Janeda_(Ambla)_vallavalitsus, lk 55
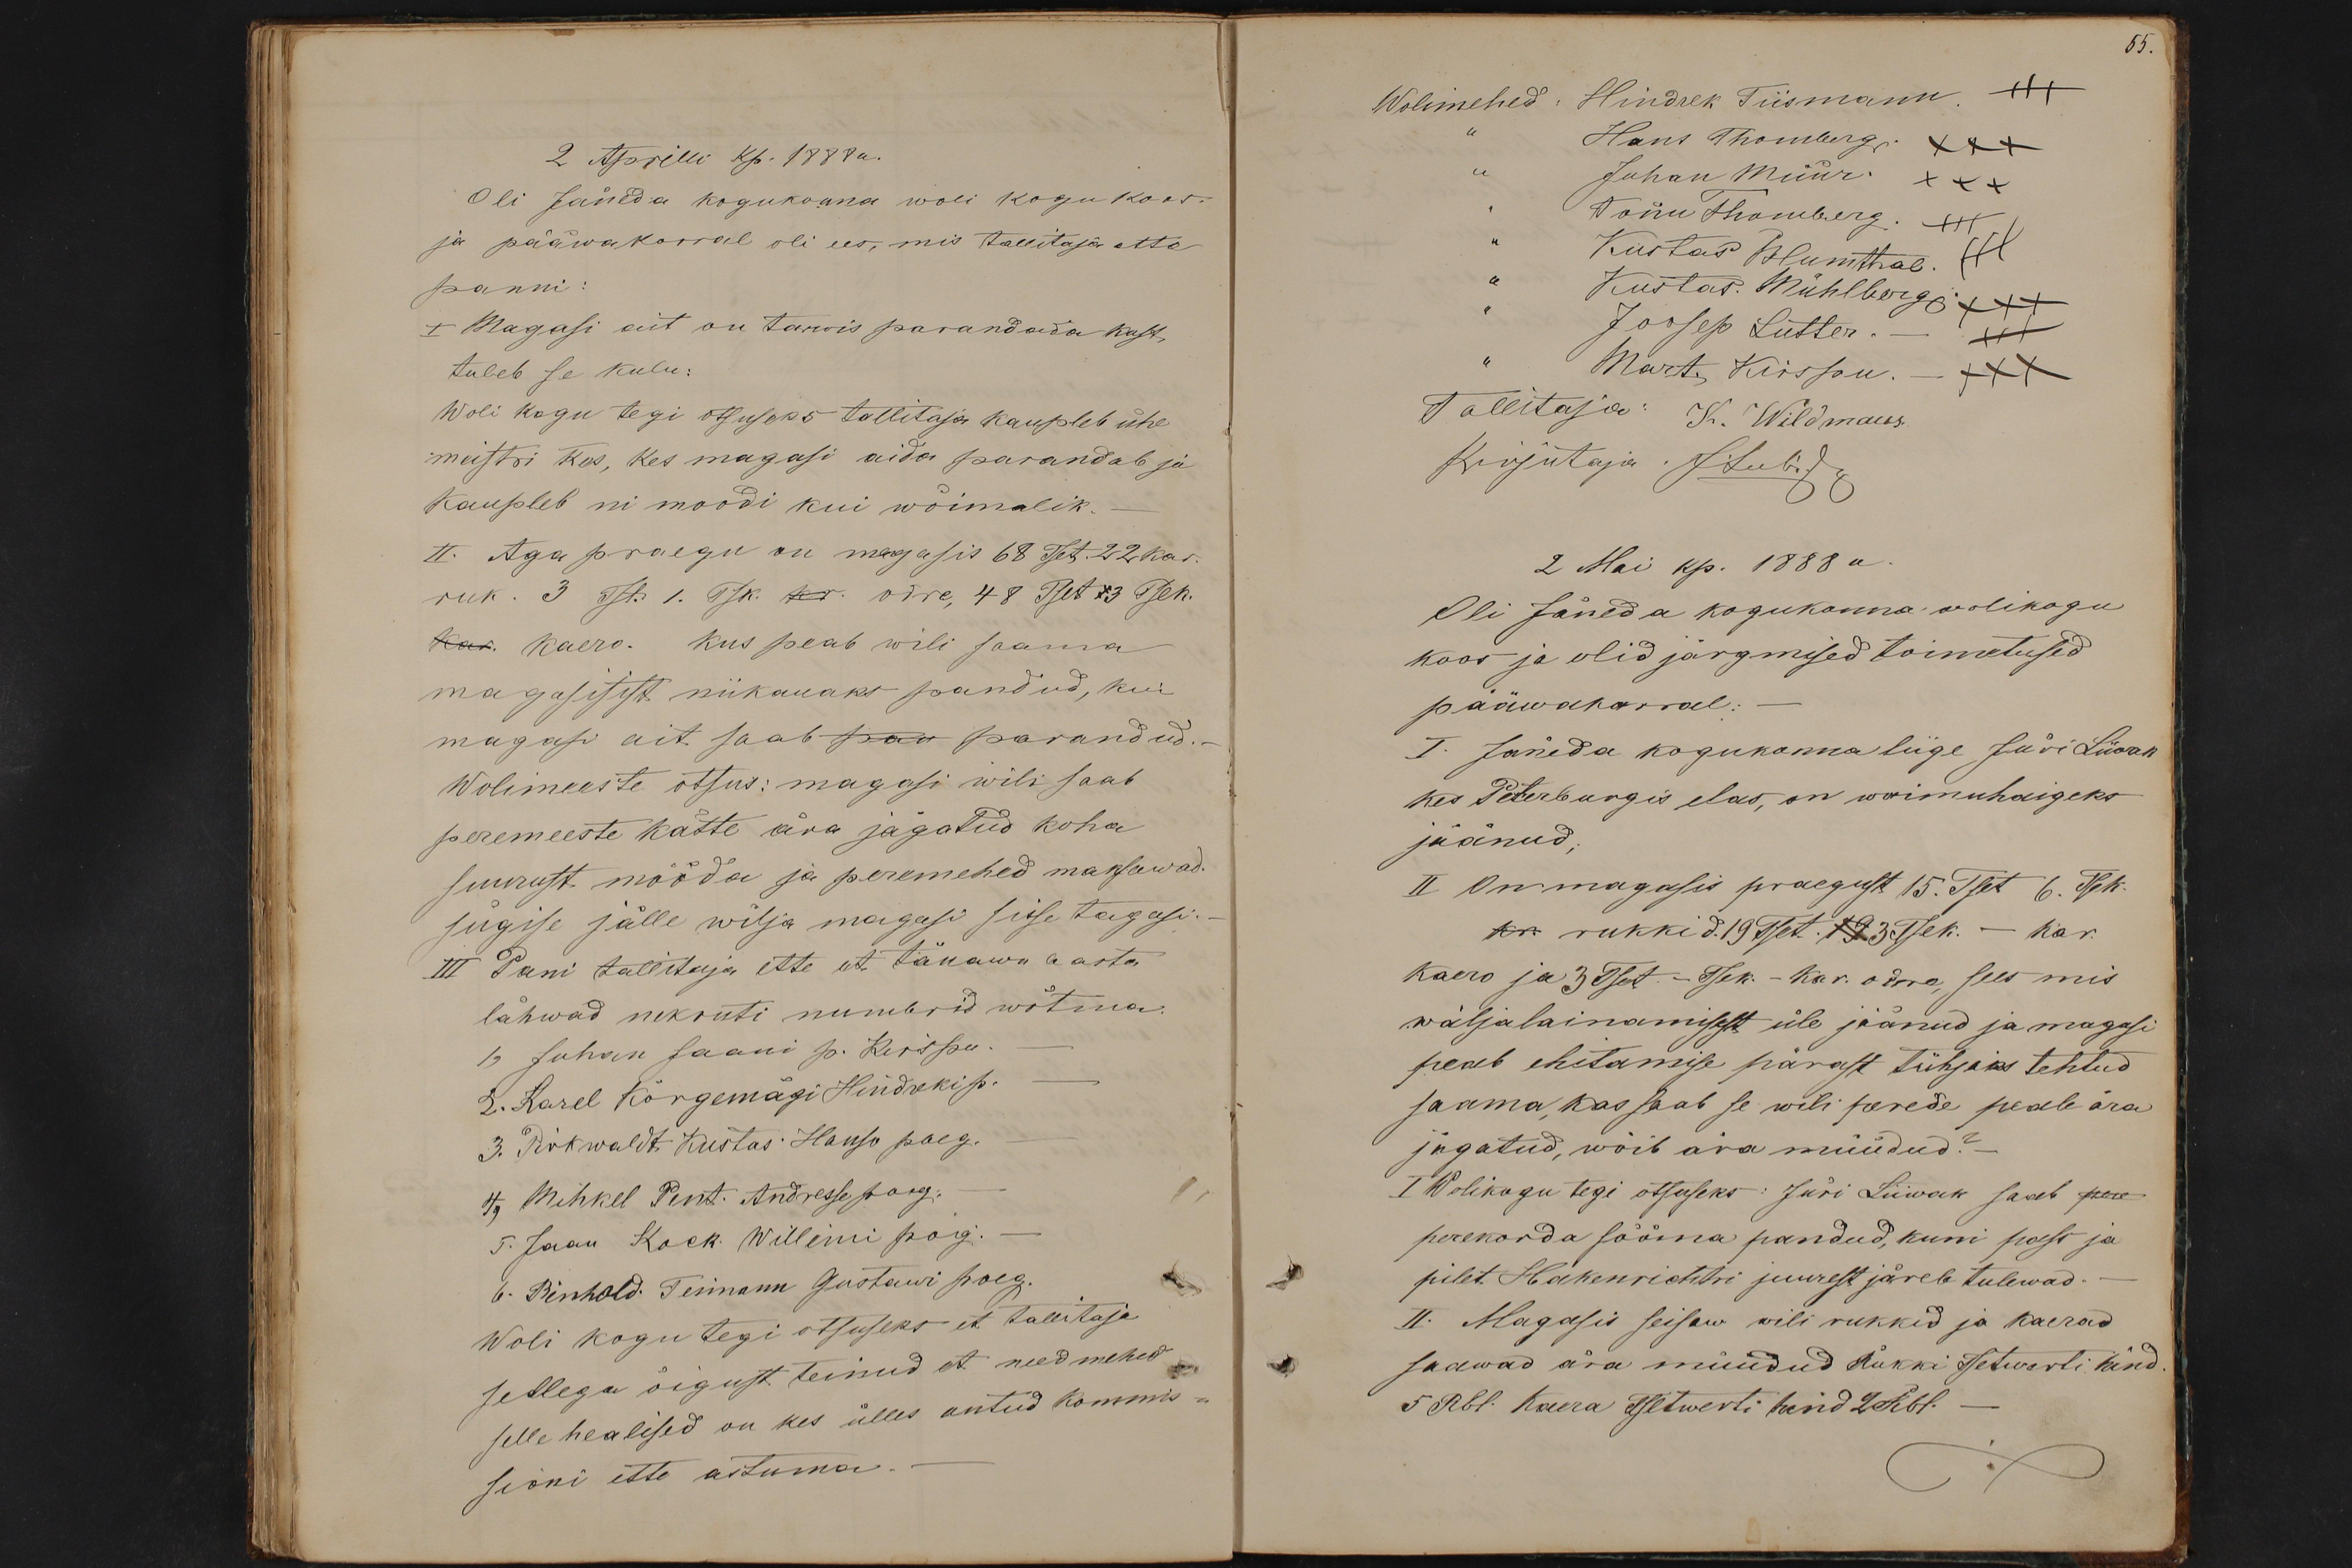
2 Aprilli kp. 1888a.
Oli Jäneda kogukonna woli kogu koos.
ja pääwakorral oli ees, mis tallitaja ette
panni:
I Magasi ait on tarwis parandada kost
tuleb se kulu:
Woli kogu tegi otsuseks tallitaja kaupleb ühe
meistri kes, kes magasi aida parandab ja
kaupleb ni moodi kui wõimalik.
II. Aga praegu on magasis 68 Tset. 22 kar
ruk. 3 Tst. 1. Tsk. kr. odre, 48 Tset 13 Tsek.
kar. kaero. kus peab wili saama
magasisist niikauaks pandud, kui
magasi ait saab paa parandud.
Wolimeeste otsus: magasi wili saab
peremeeste kätte ära jagatud koha
suurust mööda ja peremehed maksawad.
sügise jälle wilja magasi sisse tagasi.
III Pani tallitaja ette et tänawu aasta
lähwad nekruti numbrid wõtma.
1, Juhan Jaani p. Kirspu.
2. Karel Kõrgemägi Hindreki p.
3. Pirkwaldt Kustas. Hanso poeg.
4, Mihkel Pent. Andresse poeg.
5. Jaan Kock. Willemi pog.
6. Rinhold. Teimann Gustawi poeg.
Woli kogu tegi otsuseks et tallitaja
sellega õigust teinud et need mehed
selle healised on kes ülles antud kommis-
sioni ette astuma.

55.
Wolimehed: Hindrek Tiismann. +++
Hans Thomberg. XXX
" Juhan Müür. +++
" Tõnu Thomberg. +++
" Kustas Blumthal. +++
" Kustas. Mühlberg. XXX
Joosep Lutter. - +++
" Mart Kirspu. - XXX
Tallitaja: K. Wildmaus.
Kirjutaja: J. Lubi
2 Mai kp. 1888 a
Oli Jäneda kogukonna wolikogu
koos ja olid järgmised toimetused
pääwakorral: -
I. Jäneda kogukonna liige Jüri Liiwak
kes Peterburgis elas, on waimahaigeks
jäänud;
II On magasis praegust 15. Tset 6. Tsek.
kr. rukkid.19 Tset. 193 Tsek. - kar.
kaero ja 3 Tset. - Tsek. - kar. odre, sees mis
wäljalainamisest üle jäänud ja magasi
peab ehitamise pärast tühjaks tehtud
saama, kas saab se wili perede peale ära
jagatud, wõib ära müüdud? -
I Wolikogu tegi otsuseks: Jüri Liiwak saab pere
perekorda sööma pandud, kuni pass ja
pilet. Hakenrichtri juurest järele tulewad.
II. Magasis seisew wili rukkid ja kaerad
saawad ära müüdud Rukki Tsetwerti hind
5 Rbl. Kaera Tsetwerti hind 2 Rbl. -